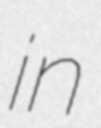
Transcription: in